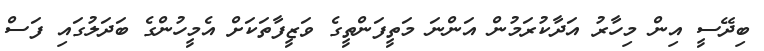
ބިދޭސީ އިން މިހާރު އަދާކުރަމުން އަންނަ މަތީފަންތީގެ ވަޒީފާތަކަށް އެމީހުންގެ ބަދަލުގައި ފަސް